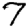
Digit: 7